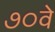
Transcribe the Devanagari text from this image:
७०वे